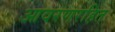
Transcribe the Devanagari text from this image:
आवरणरहित